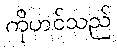
ကိုဟင်သည်